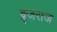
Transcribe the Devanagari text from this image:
ब्रृजराज